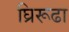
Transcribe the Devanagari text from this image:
घ्रिरूढा